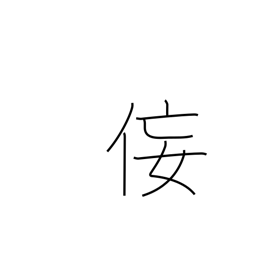
Meaning: insincerity